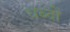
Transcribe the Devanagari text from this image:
धब्दों